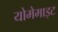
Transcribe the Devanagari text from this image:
योमेमाइट